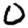
Digit: 0